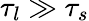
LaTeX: \tau_{l}\gg\tau_{s}